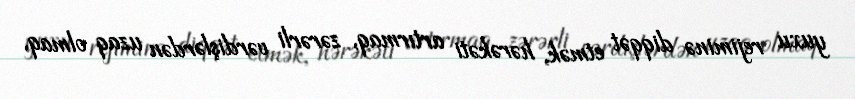
yuxu rejiminə diqqət etmək, hərəkəti artırmaq, zərərli vərdişlərdən uzaq olmaq,